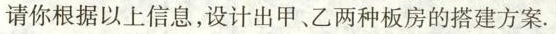
请你根据以上信息，设计出甲、乙两种板房的搭建方案。